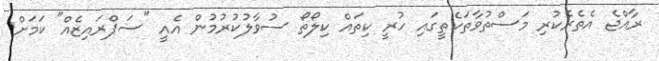
ރާއްޖެ އެތެރެކުރި މަސްތުވާތަކެތީގައި ހުރީ ކިތައް ކިލޯތޯ ސުވާލުކުރުމުން އެއީ "ސަޕްރައިޒެއް" ކަމަށް